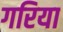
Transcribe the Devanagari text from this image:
गरिया